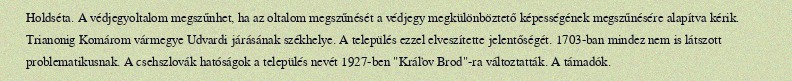
Holdséta. A védjegyoltalom megszűnhet, ha az oltalom megszűnését a védjegy megkülönböztető képességének megszűnésére alapítva kérik. Trianonig Komárom vármegye Udvardi járásának székhelye. A település ezzel elveszítette jelentőségét. 1703-ban mindez nem is látszott problematikusnak. A csehszlovák hatóságok a település nevét 1927-ben "Kráľov Brod"-ra változtatták. A támadók.